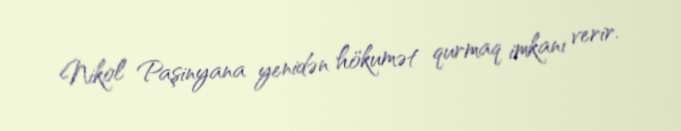
Nikol Paşinyana yenidən hökumət qurmaq imkanı verir.